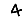
Digit: 4